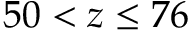
5 0 < z \le 7 6